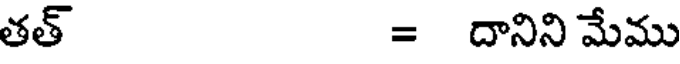
తత్ = దానిని మేము